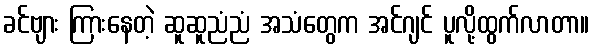
ခင်ဗျား ကြားနေတဲ့ ဆူဆူညံညံ အသံတွေက အင်ဂျင် ပူလို့ထွက်လာတာ။